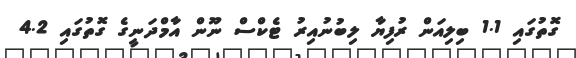
ގޮތުގައި 1.1 ބިލިއަން ރުފިޔާ ލިބުނުއިރު ޓެކްސް ނޫން އާމްދަނީގެ ގޮތުގައި 4.2